Regulations for the medical services of the Army of India
Year: 1930
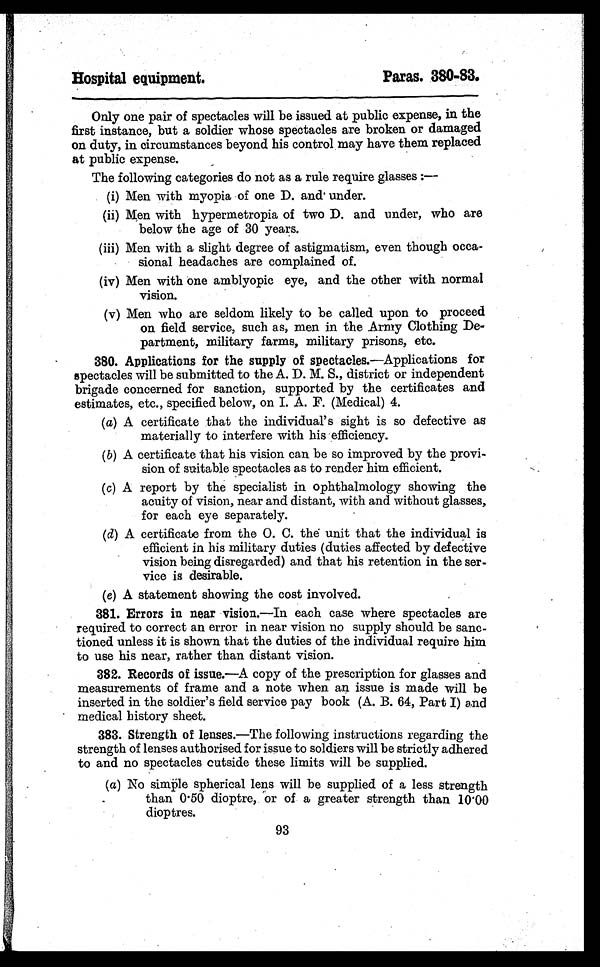
Hospital equipment.
Paras. 380-83.
Only one pair of spectacles will be issued at public expense, in the
first instance, but a soldier whose spectacles are broken or damaged
on duty, in circumstances beyond his control may have them replaced
at public expense.
The following categories do not as a rule require glasses:—
(i) Men with myopia of one D. and under.
(ii) Men with hypermetropia of two D. and under, who are
below the age of 30 years.
(iii) Men with a slight degree of astigmatism, even though occa-
sional headaches are complained of.
(iv) Men with one amblyopic eye, and the other with normal
vision.
(v) Men who are seldom likely to be called upon to proceed
on field service, such as, men in the Army Clothing De-
partment, military farms, military prisons, etc.
380. Applications for the supply of spectacles. —Applications for
spectacles will be submitted to the A. D. M. S., district or independent
brigade concerned for sanction, supported by the certificates and
estimates, etc., specified below, on I. A. F. (Medical) 4.
(a) A certificate that the individual's sight is so defective as
materially to interfere with his efficiency.
(b) A certificate that his vision can be so improved by the provi-
sion of suitable spectacles as to render him efficient.
(c) A report by the specialist in ophthalmology showing the
acuity of vision, near and distant, with and without glasses,
for each eye separately.
(d) A certificate from the O. C. the unit that the individual is
efficient in his military duties (duties affected by defective
vision being disregarded) and that his retention in the ser-
vice is desirable.
(e) A statement showing the cost involved.
381. Errors in near vision. —In each case where spectacles are
required to correct an error in near vision no supply should be sanc-
tioned unless it is shown that the duties of the individual require him
to use his near, rather than distant vision.
382. Records of issue. —A copy of the prescription for glasses and
measurements of frame and a note when an issue is made will be
inserted in the soldier's field service pay book (A. B. 64, Part I) and
medical history sheet.
383. Strength of lenses.—The following instructions regarding the
strength of lenses authorised for issue to soldiers will be strictly adhered
to and no spectacles outside these limits will be supplied.
(a) No simple spherical lens will be supplied of a less strength
than 0.50 dioptre, or of a greater strength than 10.00
dioptres.
93